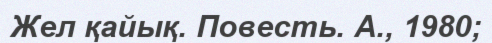
Жел қайық. Повесть. А., 1980;